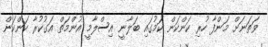
ވަތަނަށް މަންފާ ހުރި ކަންކަން ކަމުގައި ބަލާނީ އިސްލާމީ އުންމަތް އަގުކުރާ ކަންކަން